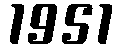
1951